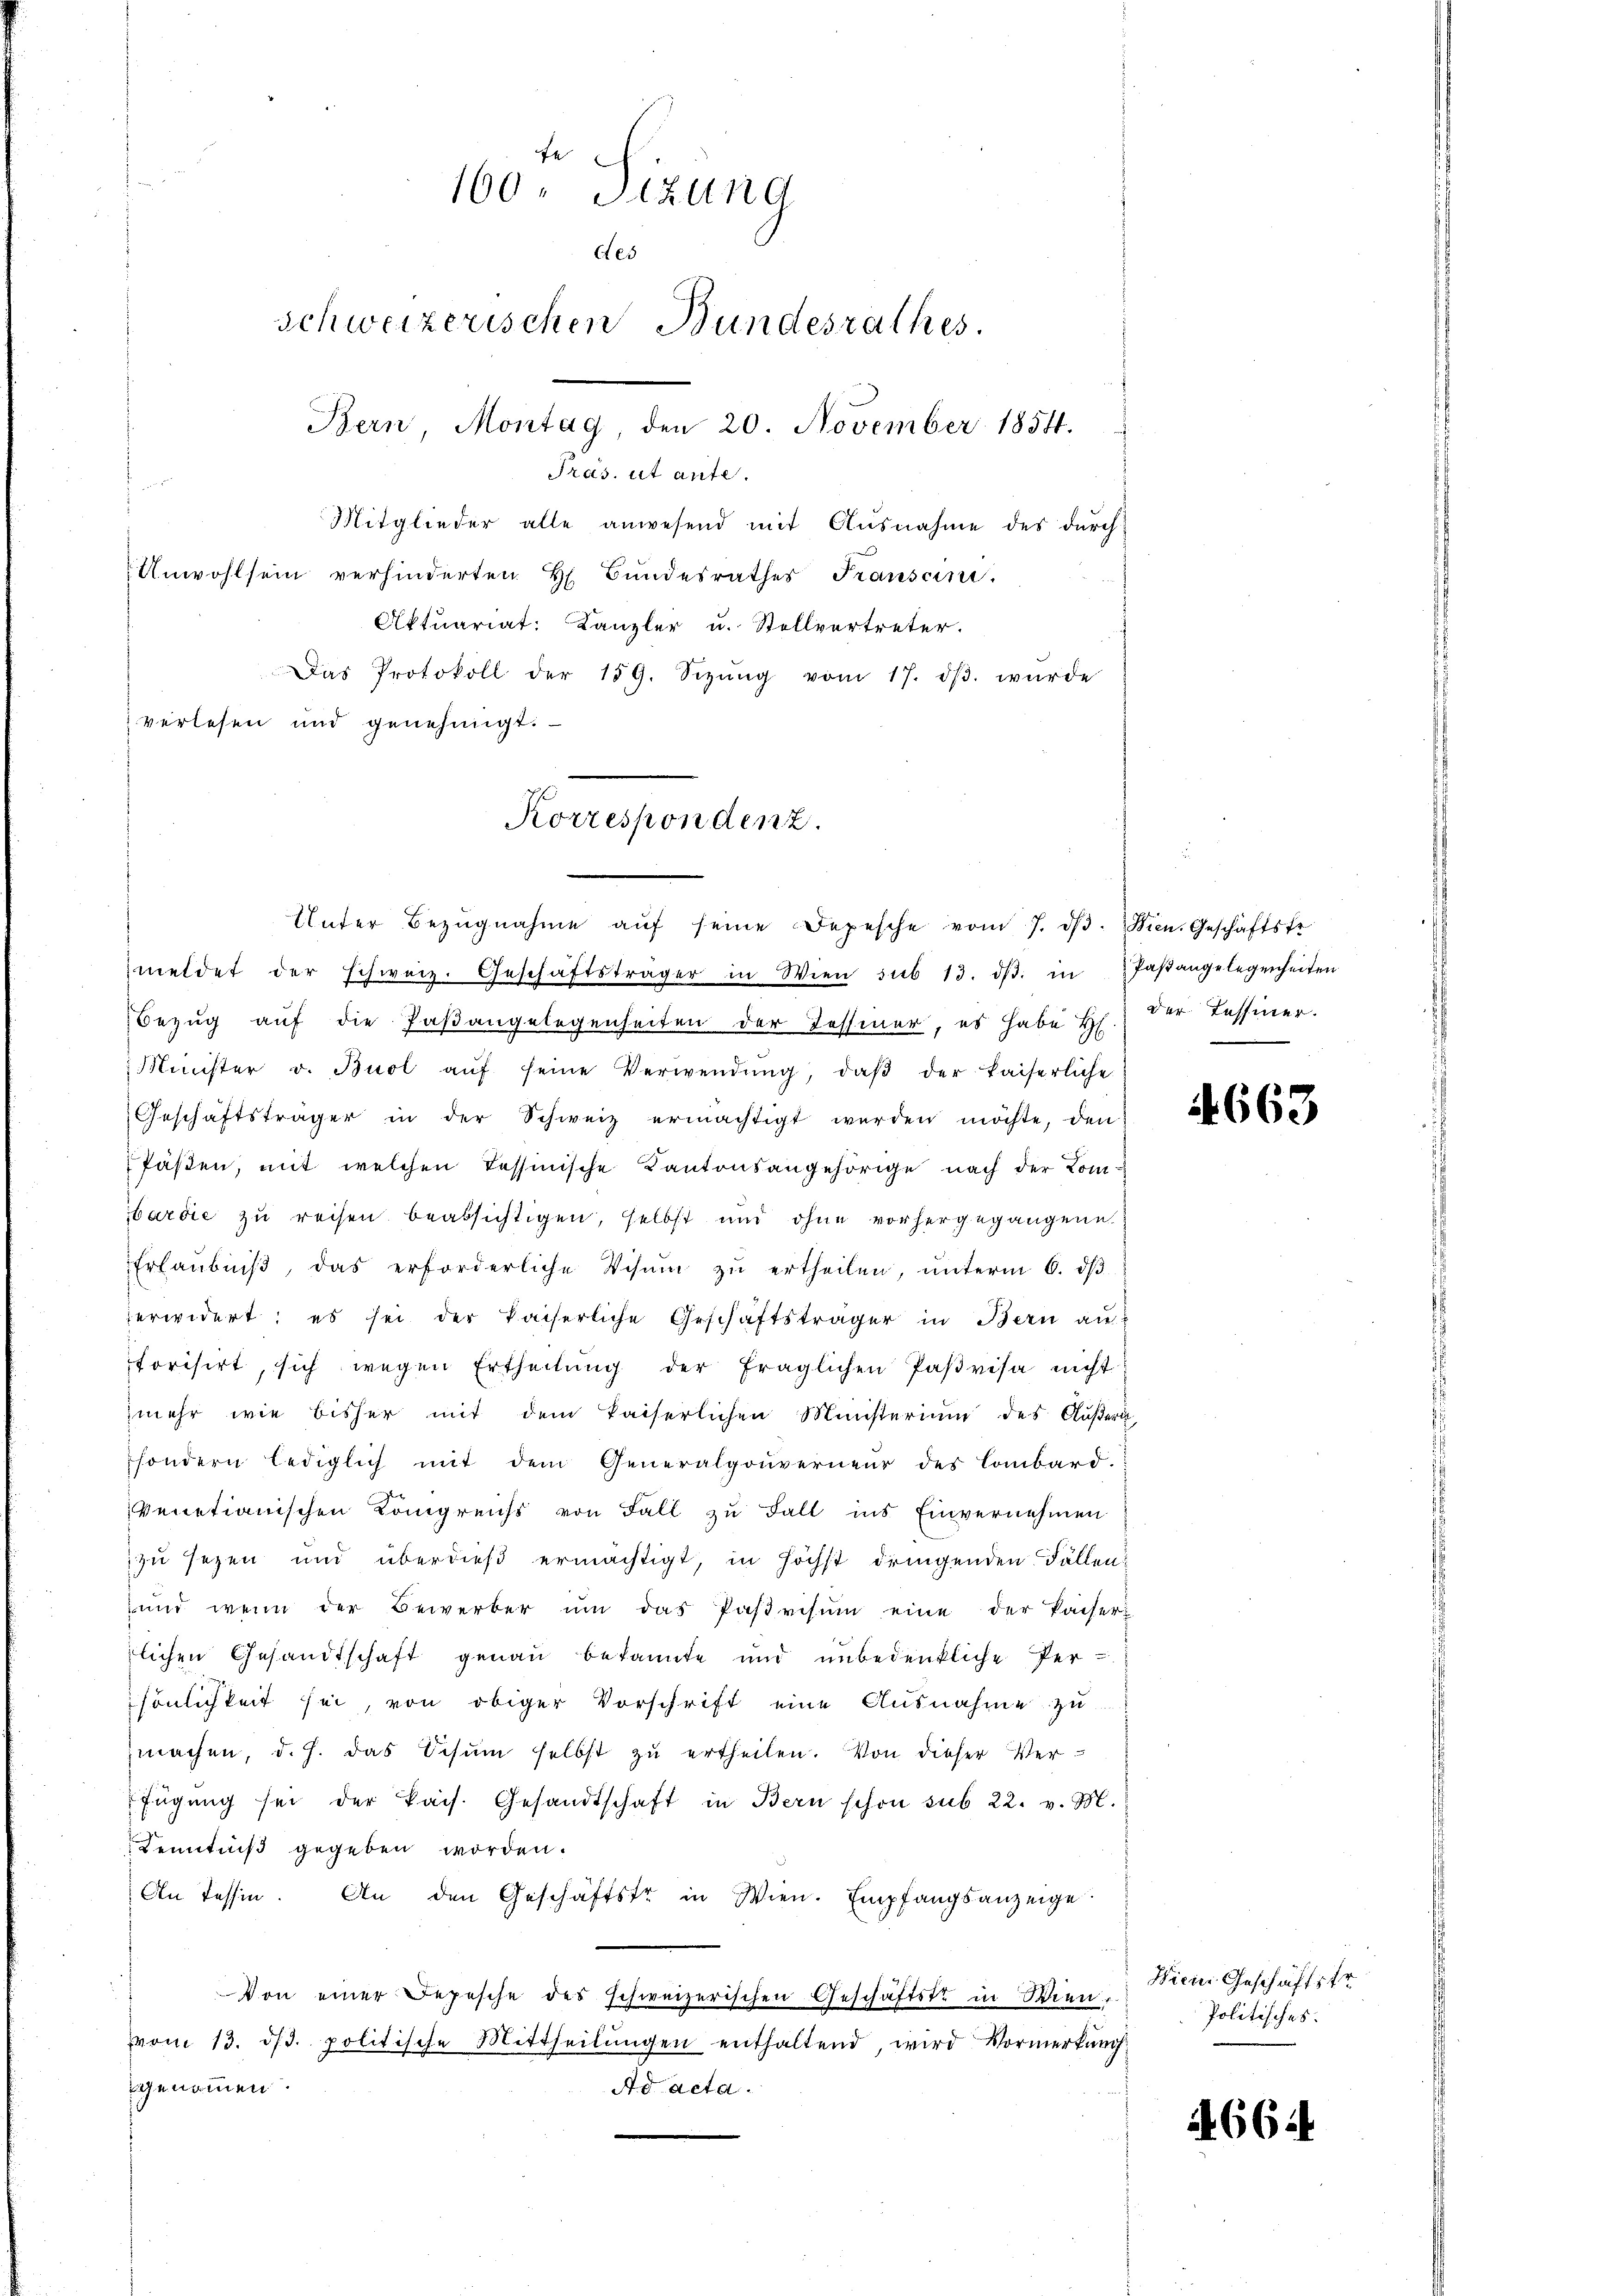
fe
160. Sizung
Aes
schweizerischen Bundesrathes.
Bern, Montag, den 20. November 1854.
Präs. ut ante.
Mitglieder alle anwesend mit Ausnahme des durch
Unwohlsein verhinderten H. Bundesrathes Fransen.
Aktuariat: Kanzler u. Stellvertreter.
Das Protokoll der 159. Sizŭng vom 17. dβ. würde
verlesen und genehmigt.

Korrespondenz.

Unter Bezugnahme aŭf seine Depesche vom 7. d. Wien. Geschäftsfr

meldet der schweiz. Geschäftsträger in Wien sub 13. dβ. in Paβangelegenheiten
Bezŭg aŭf die Paβangelegenheiten der Tessiner, es habe H. der Tessiner.
Minister v. Buol aŭf seine Verwendŭng, daβ der kaiserliche
Geschäftsträger in der Schweiz ermächtigt werden möchte, den
Pästen, mit welchen Tessinische Kantonsangehörige nach der Combardie zu reisen beabsichtigen, selbst und ohne vorhergegangene
Erlaubniβ, das erforderliche Visum zŭ ertheilen, ŭnterm 6. dβ
erwidert; es sei der kaiserliche Geschäftsträger in Bern au
torisirt, sich wegen Ertheilŭng der fraglichen Paβvisa nicht
mehr wie bisher mit dem kaiserlichen Ministerium des Äußern,
sondern lediglich mit dem Generalgouverneur des Lombard.
venetianischen Königreichs von Fall zu Fall ins Einvernehmen
zu sezen und überdieß ermächtigt, in höchst dringenden Fällen
und wenn der Bewerber ŭm das Paβvisum eine der Kaiser-
rlichen Gesandtschaft genau bekannte und unbedenkliche Persönlichkeit sei, von obiger Vorschrift eine Ausnahme zu
machen, d. J. das Schŭm selbst zŭ ertheilen. Von dieser Ver-
fügŭng sei der kais. Gesandtschaft in Bern schon sub 22. v. M.
Kenntniß gegeben worden.
An Tessin. An den Geschäftstr in Wien. Empfangsanzeige.
Von einer Depesche des schweizerischen Geschäftste in Wienvom 13. dβ. politische Mittheilŭngen enthaltend, wird Vormerkŭng
genommen.
Ad acta.

4663

Wien Geschäftstr
Politisches.

A664